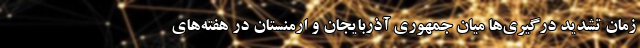
زمان تشدید درگیری‌ها میان جمهوری آذربایجان و ارمنستان در هفته‌های